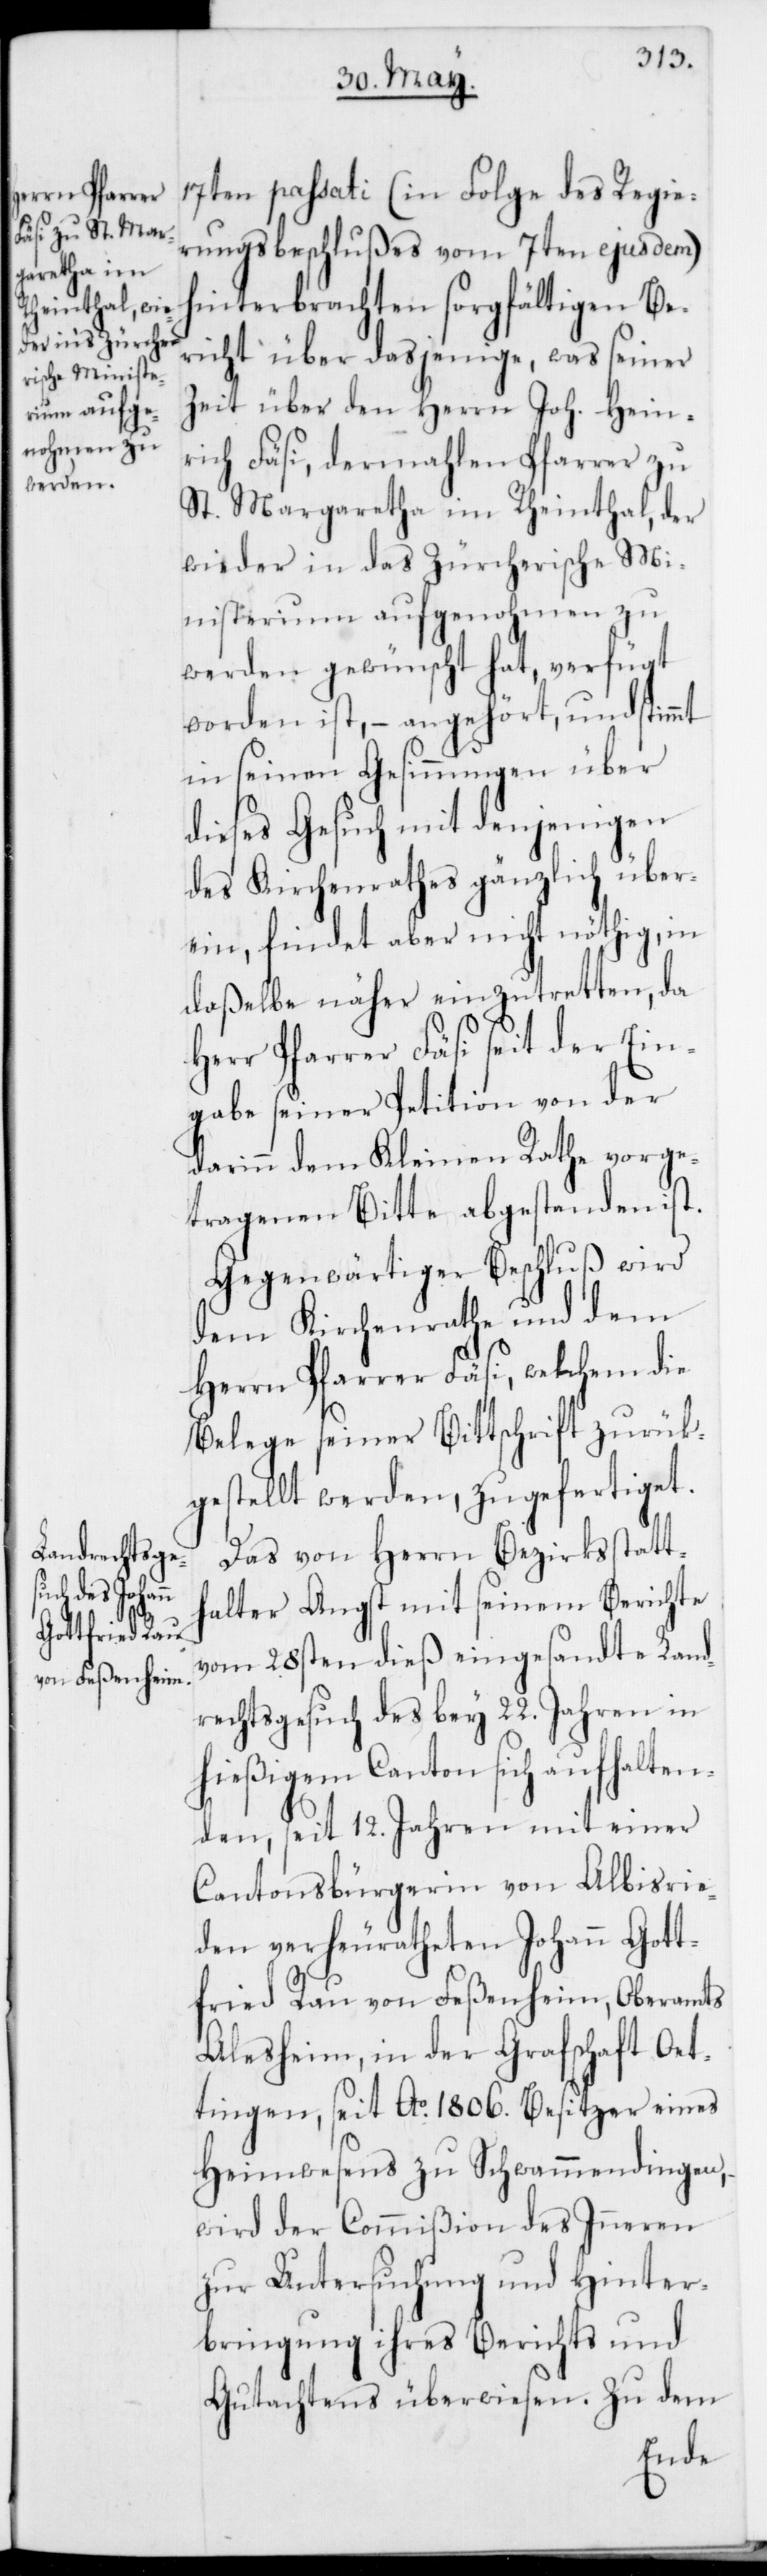
17ten passati (in Folge des Regie¬
rungsbeschlußes vom 7ten ejusdem)
hinterbrachten sorgfältigen Be¬
richt über dasjenige, was seiner
Zeit über den Herrn Joh. Hein¬
rich Fäsi, dermahlen Pfarrer zu
St. Margaretha im Rheinthal, der
wieder in das Zürcherische Mi¬
nisterium aufgenohmen zu
werden gewünscht hat, verfügt
worden ist, – angehört, und stimmt
in seinen Gesinnungen über
dieses Gesuch mit denjenigen
des Kirchenrathes gänzlich über¬
ein, findet aber nicht nöthig, in
daßelbe näher einzutretten, da
Herr Pfarrer Fäsi seit der Ein¬
gabe seiner Petition von der
darinn dem Kleinen Rathe vorge¬
tragenen Bitte abgestanden ist.
Gegenwärtiger Beschluß wird
dem Kirchenrathe und dem
Herrn Pfarrer Fäsi, welchem die
Belege seiner Bittschrift zurück¬
gestellt werden, zugefertiget.
Das von Herrn Bezirksstatt¬
halter Angst mit seinem Berichte
vom 28sten dieß eingesandte Land¬
rechtsgesuch des bey 22. Jahren in
hießigem Canton sich aufhalten¬
den, seit 12. Jahren mit einer
Cantonsbürgerin von Albisrie¬
den verheuratheten Johann Gott¬
fried Rau von Feßenheim, Oberamts
Alesheim, in der Grafschaft Oet¬
ingen, seit Ao 1806. Besitzer eines
Heimwesens zu Schwammendingen,
wird der Commißion des Inneren
zur Untersuchung und Hinter¬
bringung ihres Berichts und
Gutachtens überwiesen. Zu dem